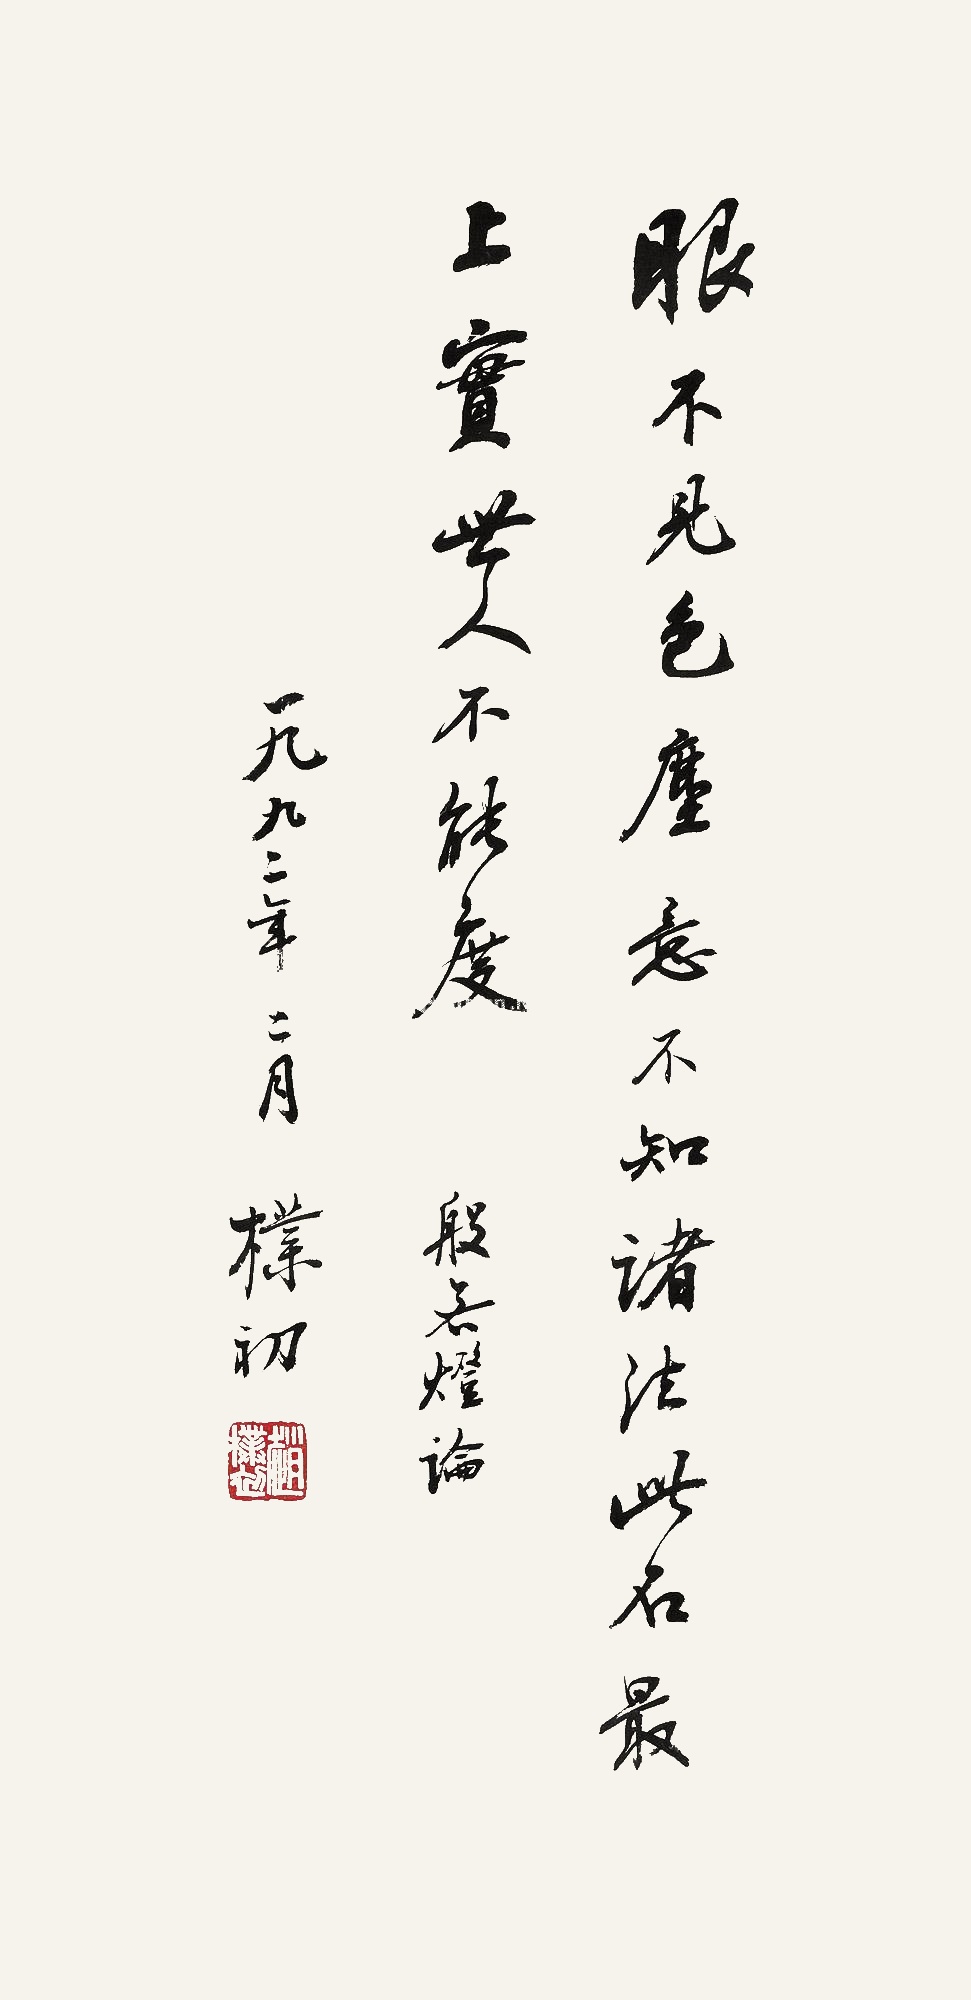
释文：眼不见色尘，意不知诸法。此名最上实，世人不能度。般若灯论。一九九二年二月。朴初